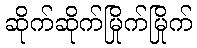
ဆိုက်ဆိုက်မြိုက်မြိုက်